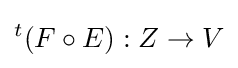
{}^{t}(F\circ E):Z\to V